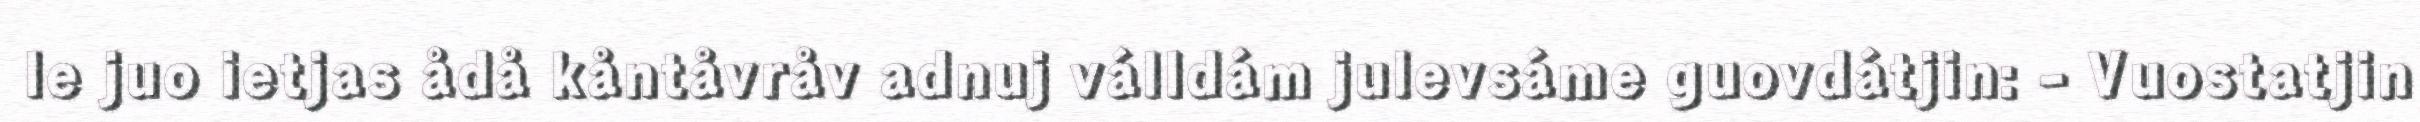
le juo ietjas ådå kåntåvråv adnuj válldám julevsáme guovdátjin: - Vuostatjin